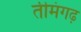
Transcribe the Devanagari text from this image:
तीमंगढ़